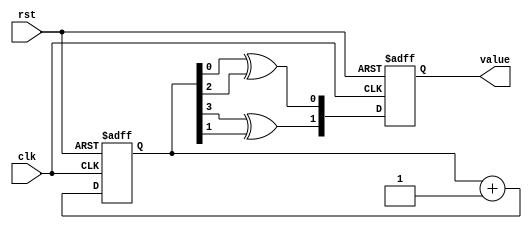
module Random(value,clk,rst);
output reg [1:0]value;
input clk,rst;
reg [3:0]seedcnt;

always@(posedge clk or negedge rst)begin
if(~rst)
 seedcnt<=4'd0;
else
 seedcnt<=seedcnt+4'd1;
end
 
always@(negedge clk or negedge rst)begin
 if(~rst)
   value<=2'd0;
  else
   begin
    value[0]<=seedcnt[0]^seedcnt[2];
	 value[1]<=seedcnt[3]^seedcnt[1];
   end
end
endmodule